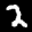
Label: 2